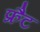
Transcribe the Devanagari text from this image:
फ्रैट